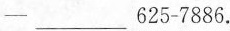
一 ___625-7886.